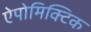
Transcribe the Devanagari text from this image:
ऐपोमिक्टिक